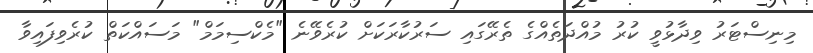
މިނިސްޓަރު ވިދާޅުވީ ކުރު މުއްދަތެއްގެ ތެރޭގައި ސަރުކާރަކަށް ކުރެވޭނެ "މެކްސިމަމް" މަސައްކަތް ކުރެވިފައިވާ